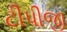
ટીપીજી